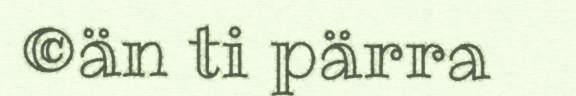
©än ti pärra